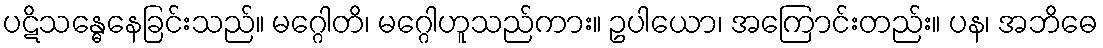
ပဋိသန္ဓေနေခြင်းသည်။ မဂ္ဂေါတိ၊ မဂ္ဂေါဟူသည်ကား။ ဥပါယော၊ အကြောင်းတည်း။ ပန၊ အဘိဓေ